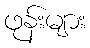
ဖုန်းများ